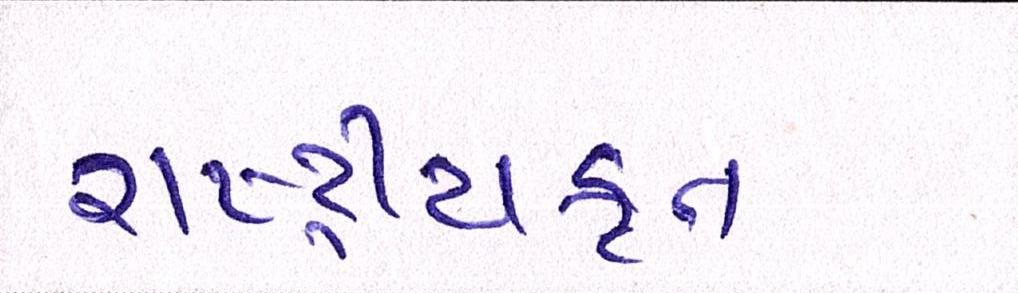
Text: રાષ્ટ્ર્રીયકૃત